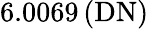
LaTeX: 6.0069\, (\mathrm{DN})